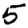
Digit: 5